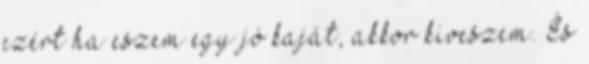
ezért ha eszem egy jó kaját, akkor kiveszem. És